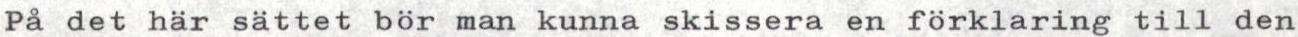
På det här sättet bör man kunna skissera en förklaring till den